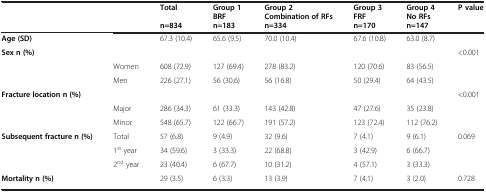
|  |  | Total n=834 | Group 1 BRF n=183 | Group 2 Combination of RFs n=334 | Group 3 FRF n=170 | Group 4 No RFs n=147 | P value |
 | --- | --- | --- | --- | --- | --- | --- | --- |
 | Age (SD) |  | 67.3 (10.4) | 65.6 (9.5) | 70.0 (10.4) | 67.6 (10.8) | 63.0 (8.7) |  |
 | Sex n (%) |  |  |  |  |  |  | <0.001 |
 |  | Women | 608 (72.9) | 127 (69.4) | 278 (83.2) | 120 (70.6) | 83 (56.5) |  |
 |  | Men | 226 (27.1) | 56 (30.6) | 56 (16.8) | 50 (29.4) | 64 (43.5) |  |
 | Fracture location n (%) |  |  |  |  |  |  | <0.001 |
 |  | Major | 286 (34.3) | 61 (33.3) | 143 (42.8) | 47 (27.6) | 35 (23.8) |  |
 |  | Minor | 548 (65.7) | 122 (66.7) | 191 (57.2) | 123 (72.4) | 112 (76.2) |  |
 | Subsequent fracture n (%) | Total | 57 (6.8) | 9 (4.9) | 32 (9.6) | 7 (4.1) | 9 (6.1) | 0.069 |
 |  | 1st year | 34 (59.6) | 3 (33.3) | 22 (68.8) | 3 (42.9) | 6 (66.7) |  |
 |  | 2nd year | 23 (40.4) | 6 (67.7) | 10 (31.2) | 4 (57.1) | 3 (33.3) |  |
 | Mortality n (%) |  | 29 (3.5) | 6 (3.3) | 13 (3.9) | 7 (4.1) | 3 (2.0) | 0.728 |